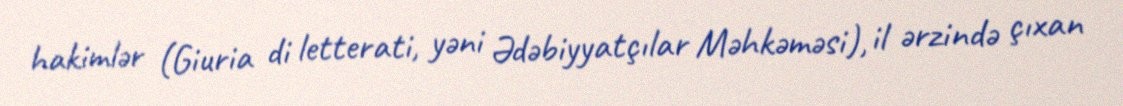
hakimlər (Giuria di letterati, yəni Ədəbiyyatçılar Məhkəməsi), il ərzində çıxan